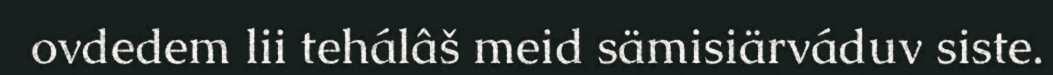
ovdedem lii tehálâš meid sämisiärváduv siste.